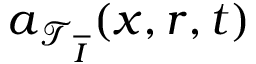
\boldsymbol { a } _ { \mathcal { T } _ { \overline { { I } } } } ( \boldsymbol { x } , \boldsymbol { r } , t )